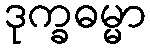
ဒုက္ခဓမ္မာ